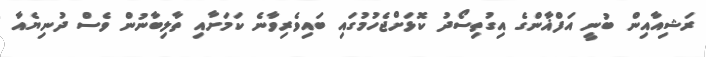
ރަޝިއާއިން ބުނީ އަފްޣާންގެ އިގުތިސޯދު ކޮޅަށްޖެހުމުގައި ބައިވެރިވާނެ ކަމަށާއި ތާލިބާނުން ވެސް ދުނިޔެއާ